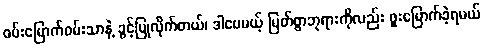
ဝမ်းမြောက်ဝမ်းသာနဲ့ ခွင့်ပြုလိုက်တယ်၊ ဒါပေမယ့် မြတ်စွာဘုရားကိုလည်း ဖူးမြောက်ခဲ့ရမယ်